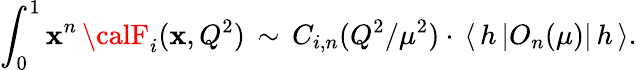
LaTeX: \int_{0}^{1}\mathbf{x}^{n}\, {\calF}_{i}(\mathbf{x},Q^{2})\, \sim\, C_{i,n}(Q^{2}/\mu^{2})\cdot\, \langle\, h\, |O_{n}(\mu)|\, h\, \rangle.